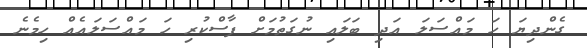
ގެންދިޔަ ހަ މައްސަލަ އަދި ބަލައި ނުގަތުމަށް ފާސްކުރި ހަ މައްސަލައެއް ހިމެނެ